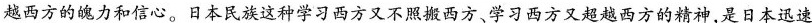
越西方的魄力和信心。日本民族这种学习西方又不照搬西方、学习西方又超越西方的精神，是日本迅速